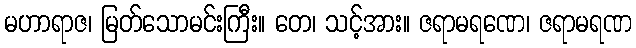
မဟာရာဇ၊ မြတ်သောမင်းကြီး။ တေ၊ သင့်အား။ ဇရာမရဏေ၊ ဇရာမရဏ